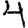
Digit: 4